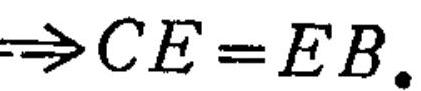
\(\Rightarrow CE = EB.\)